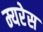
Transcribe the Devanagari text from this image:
म्यरेस